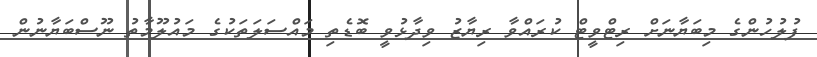
ފުލުހުންގެ މިބަޔާނަށް ރިޓްވީޓް ކުރައްވާ ރިޔާޒު ވިދާޅުވީ ބޮޑެތި މައްސަލަތަކުގެ މައުލޫމާތު ނޫސްބަޔާނުން